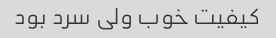
کیفیت خوب ولی سرد بود